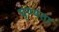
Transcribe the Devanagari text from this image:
घृण्यता